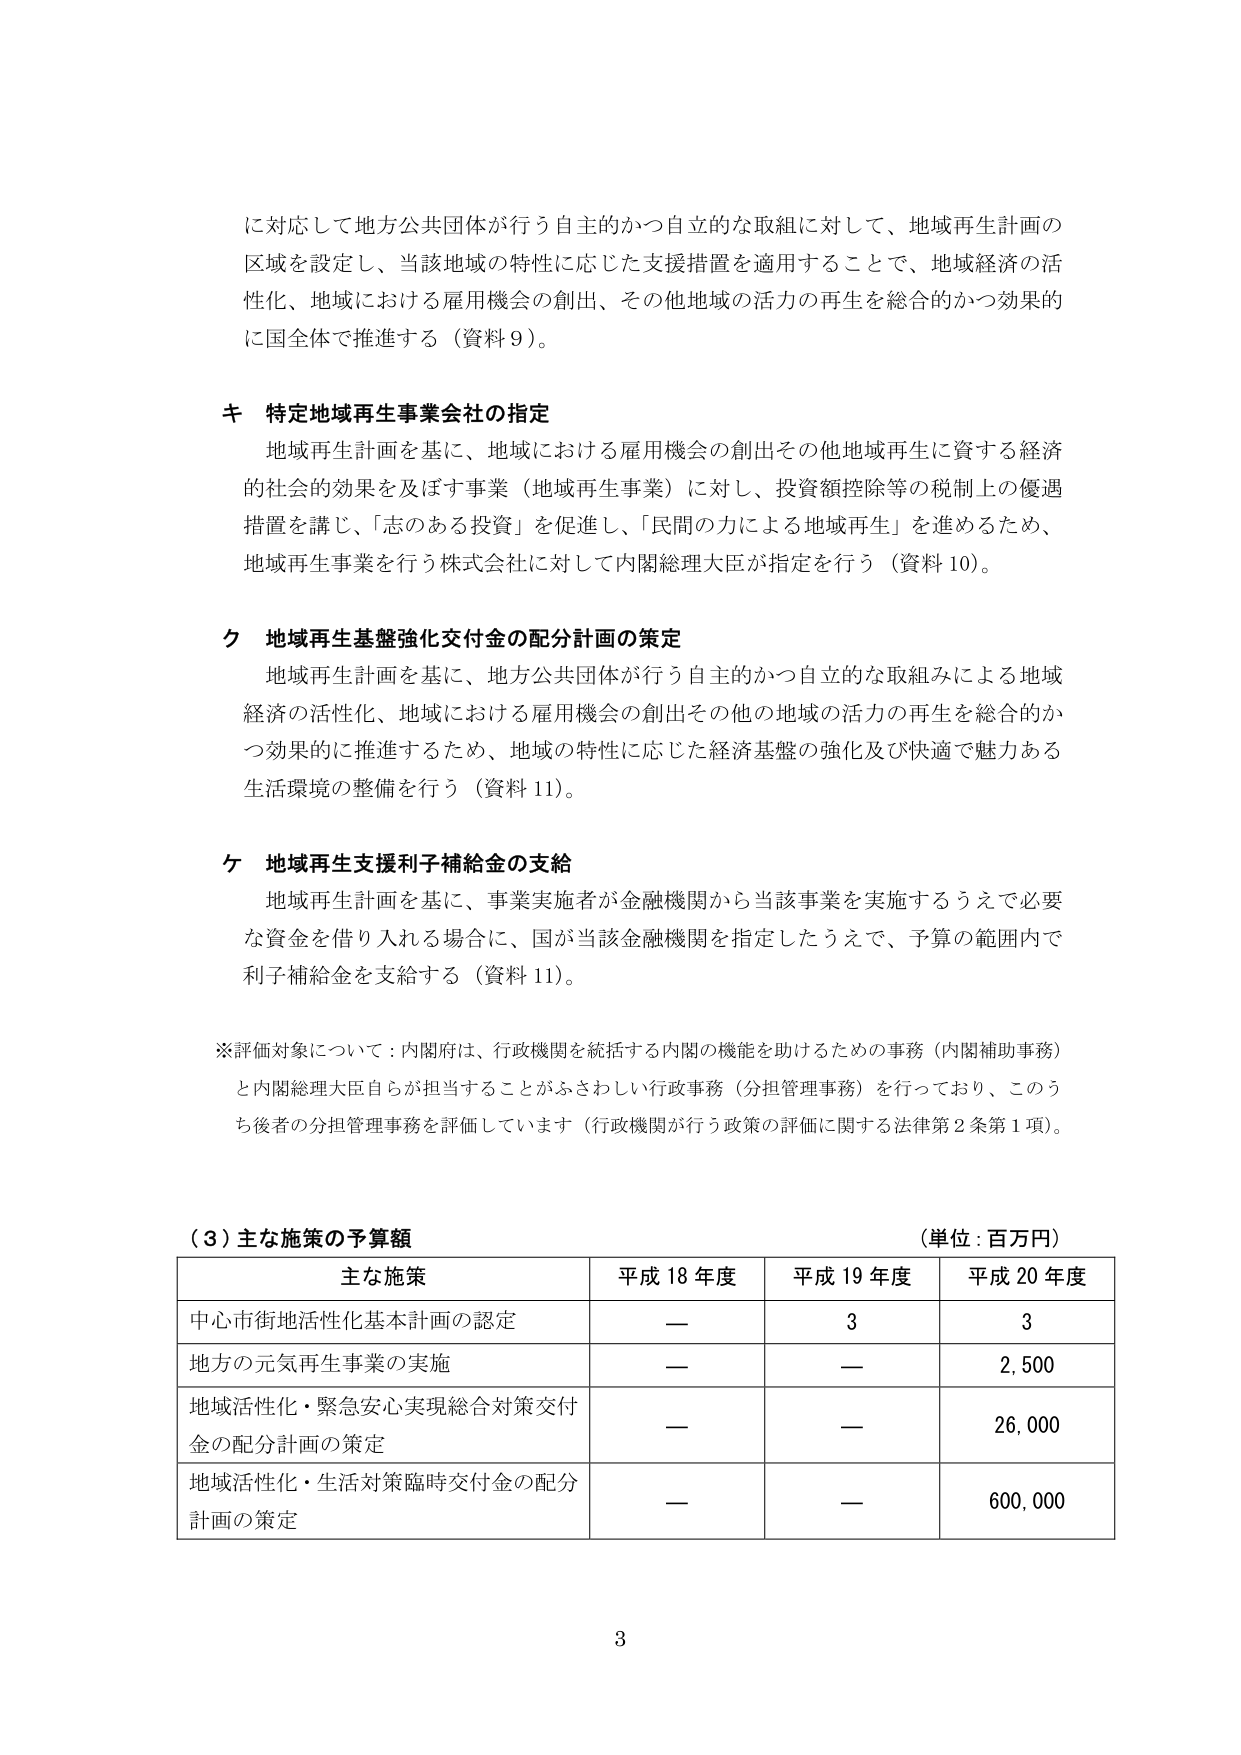
に対応して地方公共団体が行う自主的かつ自立的な取組に対して、地域再生計画の
区域を設定し、当該地域の特性に応じた支援措置を適用することで、地域経済の活
性化、地域における雇用機会の創出、その他地域の活力の再生を総合的かつ効果的
に国全体で推進する（資料9）。

キ 特定地域再生事業会社の指定
地域再生計画を基に、地域における雇用機会の創出その他地域再生に資する経済
的社会的効果を及ぼす事業（地域再生事業）に対し、投資額控除等の税制上の優遇
措置を講じ、「志のある投資」を促進し、「民間の力による地域再生」を進めるため、
地域再生事業を行う株式会社に対して内閣総理大臣が指定を行う（資料10）。

ク 地域再生基盤強化交付金の配分計画の策定
地域再生計画を基に、地方公共団体が行う自主的かつ自立的な取組みによる地域
経済の活性化、地域における雇用機会の創出その他地域の活力の再生を総合的か
つ効果的に推進するため、地域の特性に応じた経済基盤の強化及び快適で魅力ある
生活環境の整備を行う（資料11）。

ケ 地域再生支援利子補給金の支給
地域再生計画を基に、事業実施者が金融機関から当該事業を実施するうえで必要
な資金を借り入れる場合に、国が当該金融機関を指定したうえで、予算の範囲内で
利子補給金を支給する（資料11）。

※評価対象について：内閣府は、行政機関を統括する内閣の機能を助けるための事務（内閣補助事務）
と内閣総理大臣自らが担当することがふさわしい行政事務（分担管理事務）を行っており、このう
ち後者の分担管理事務を評価しています（行政機関が行う政策の評価に関する法律第2条第1項）。

（3）主な施策の予算額
（単位：百万円）
主な施策 平成18年度 平成19年度 平成20年度
中心市街地活性化基本計画の認定 — 3 3
地方の元気再生事業の実施 — — 2,500
地域活性化・緊急安心実現総合対策交付
金の配分計画の策定 — — 26,000
地域活性化・生活対策臨時交付金の配分
計画の策定 — — 600,000

3